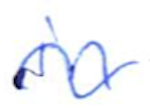
Text: in
Cross-out: wave
Writing tool: ballpoint